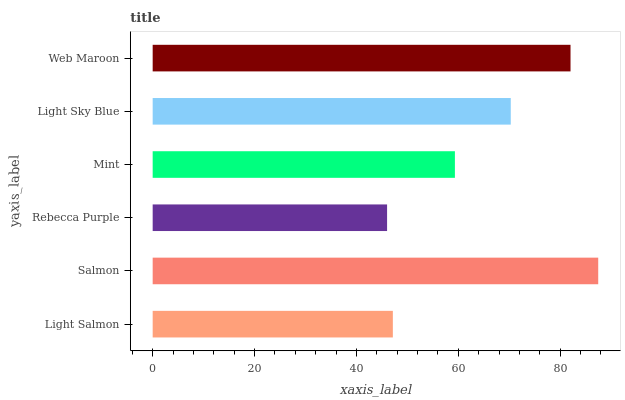
| yaxis_label | bars |
 | --- | --- |
 | Light Salmon | 47.2 |
 | Salmon | 87.5 |
 | Rebecca Purple | 46 |
 | Mint | 59.3 |
 | Light Sky Blue | 70.3 |
 | Web Maroon | 82 |